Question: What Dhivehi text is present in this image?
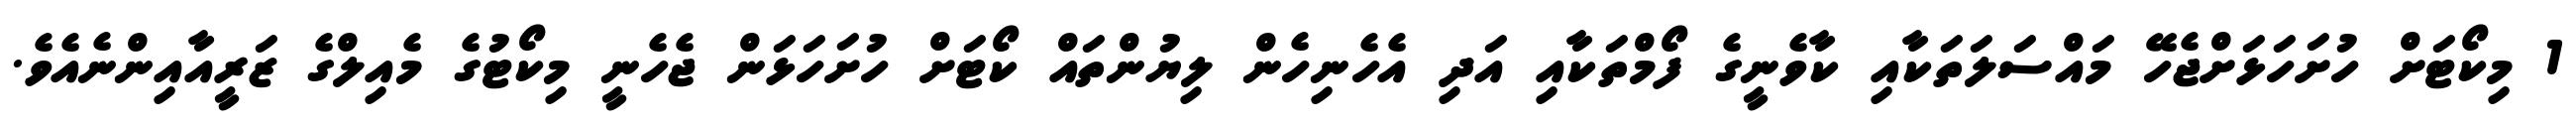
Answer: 1 މިކޯޓަށް ހުށަހަޅަށްޖެހޭ މައްސަލަތަކާއި ކާވެނީގެ ފޯމްތަކާއި އަދި އެހެނިހެން ލިޔުންތައް ކޯޓަށް ހުށަހަޅަން ޖެހެނީ މިކޯޓުގެ މެއިލްގެ ޒަރީއާއިންނެއެވެ.